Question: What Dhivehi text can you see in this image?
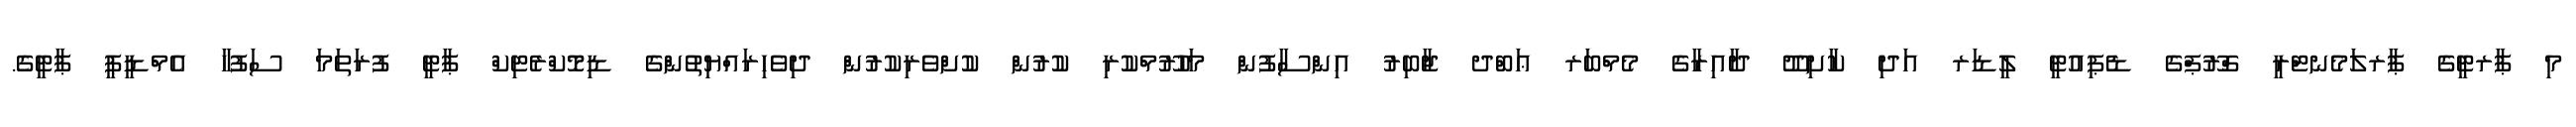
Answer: މި ޕާރޓީގެ ޕާރލަމެނޓްރީ ގްރޫޕްގެ ޑެޕިއުޓީ ލީޑަރ އަދި ކާށިދޫ ދާއިރާގެ މެމްބަރ ޢަބްދ ޖާބިރު އިންސާފުން މަހުރޫމްކުރި ކުރުން ކުށްވެރިކުރުން ދިވެހިރައްޔިތުންގެ ޑިމޮކްރެޓިކް ޕާޓީ ފުރަތަމަ ސަފުހާ އެމްޑީޕީ ޕާޓީގެ.